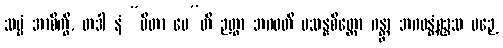
သဗ္ဗံ အာစိက္ခိ, တဒါ နံ “ပိတာ မေ”တိ ဉတွာ ဘဂဝတိ ပသန္နစိတ္တော ဂန္တွာ ဘဂဝန္တံစုဒ္ဒသ ပဉှေ